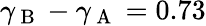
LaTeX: \gamma_{\mathrm{~B~}}-\gamma_{\mathrm{~A~}}=0.73